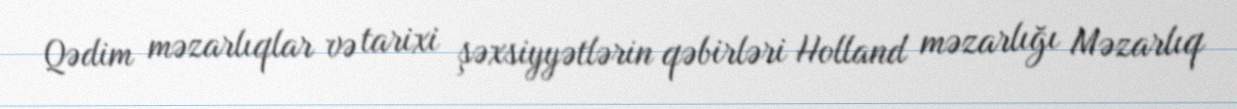
Qədim məzarlıqlar və tarixi şəxsiyyətlərin qəbirləri Holland məzarlığı Məzarlıq